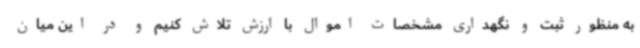
به منظور ثبت و نگهداری مشخصات اموال با ارزش تلاش کنیم و در این میان